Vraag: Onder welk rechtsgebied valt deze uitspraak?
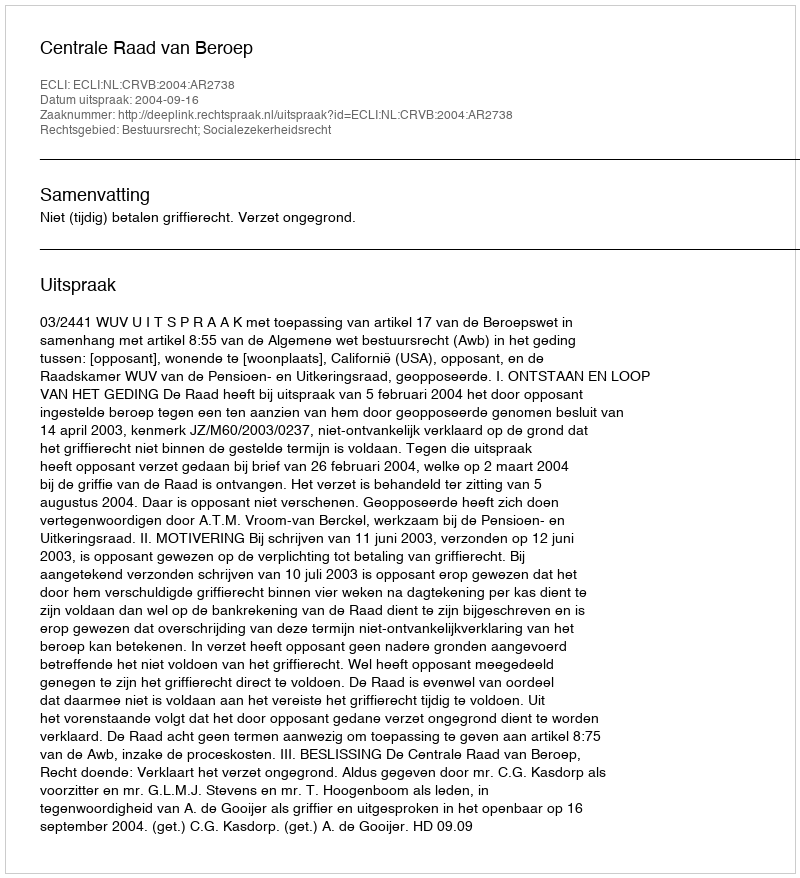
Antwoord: Bestuursrecht; Socialezekerheidsrecht